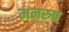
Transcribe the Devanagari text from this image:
मनरुप